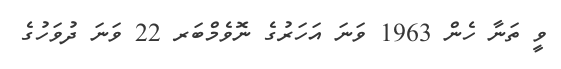
ވީ ތަނާ ހެން 1963 ވަނަ އަހަރުގެ ނޮވެމްބަރ 22 ވަނަ ދުވަހުގެ